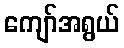
ကျော်အရွယ်